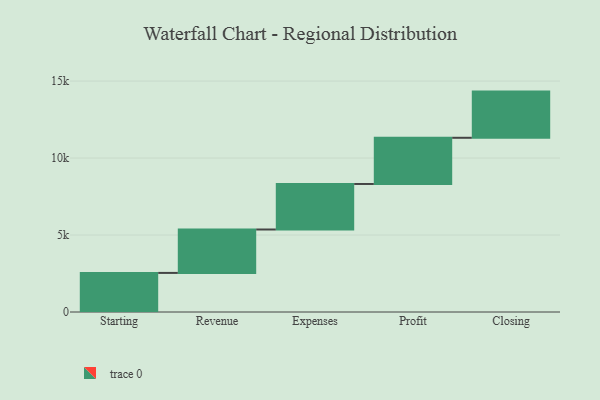
{"axis": {"x": "Step", "y": "Value"}, "legend": [""], "data": [{"x": "Starting", "y": 2539.0, "type": ""}, {"x": "Revenue", "y": 2820.0, "type": ""}, {"x": "Expenses", "y": 2958.0, "type": ""}, {"x": "Profit", "y": 3000, "type": ""}, {"x": "Closing", "y": 3000, "type": ""}]}